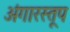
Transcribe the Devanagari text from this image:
अंगारस्तूप